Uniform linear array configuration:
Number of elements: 8
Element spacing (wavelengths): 1
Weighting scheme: cosine
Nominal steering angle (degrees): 45
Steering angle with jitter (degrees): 44.196
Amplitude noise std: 0.05
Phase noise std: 0.05

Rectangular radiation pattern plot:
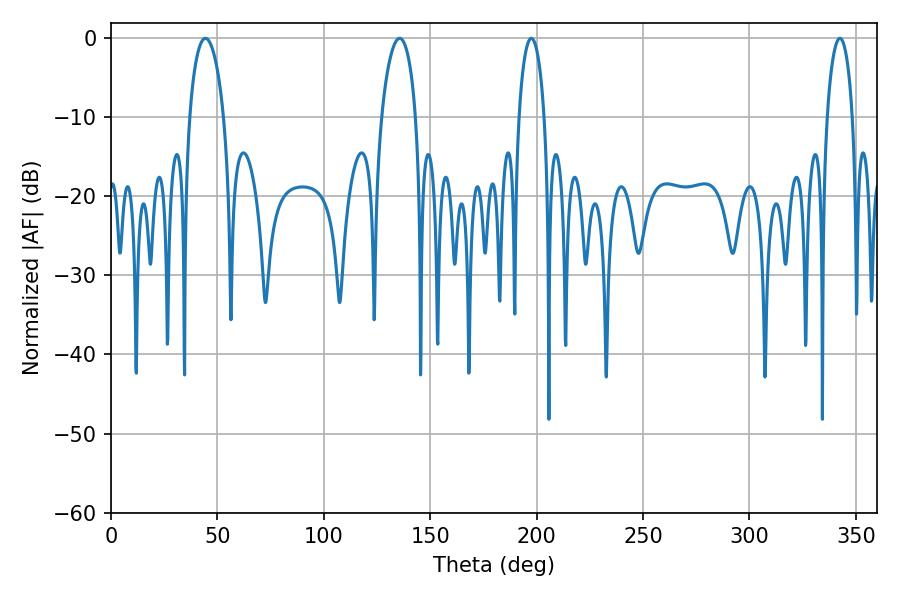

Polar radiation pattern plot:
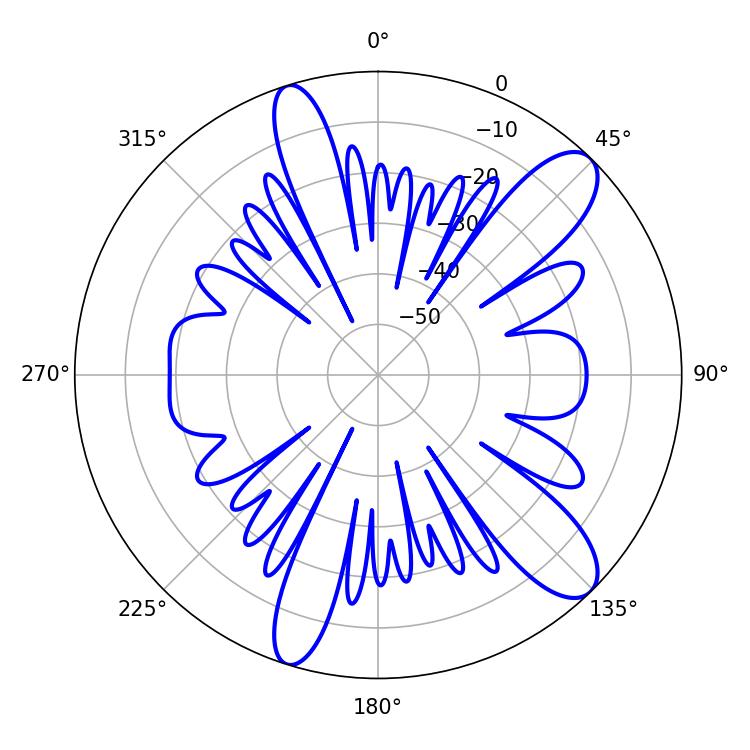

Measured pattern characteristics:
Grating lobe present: TRUE
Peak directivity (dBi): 10.959
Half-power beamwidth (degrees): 6.84
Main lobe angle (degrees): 197.46